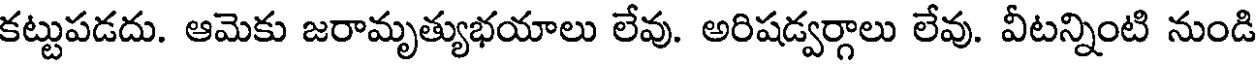
కట్టుపడదు. ఆమెకు జరామృత్యుభయాలు లేవు. అరిషడ్వర్గాలు లేవు. వీటన్నింటి నుండి